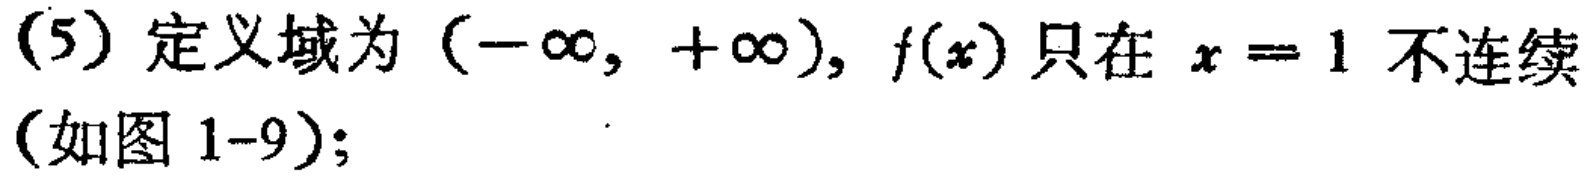
(5) 定义域为\((-\infty, +\infty)\)，\(f(x)\)只在 \(x = 1\) 不连续（如图 1-9）；